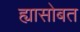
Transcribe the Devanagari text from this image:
ह्यासोबत